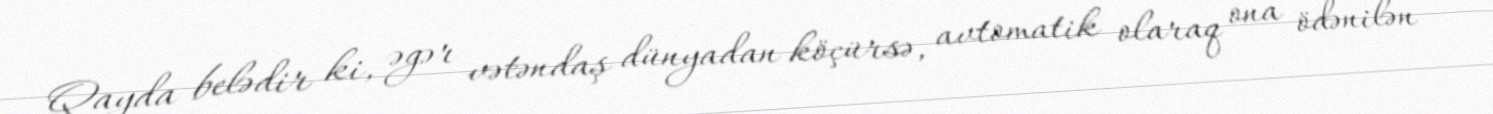
Qayda belədir ki, əgər vətəndaş dünyadan köçürsə, avtomatik olaraq ona ödənilən